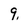
Character: 9